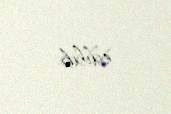
edilib.